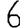
Digit: 6